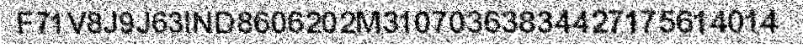
F71V8J9J63IND8606202M31070363834427175614014